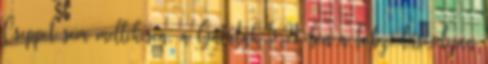
Cseppet sem mellékesen, a Galaták 5:21-ben a tobzódás olyan